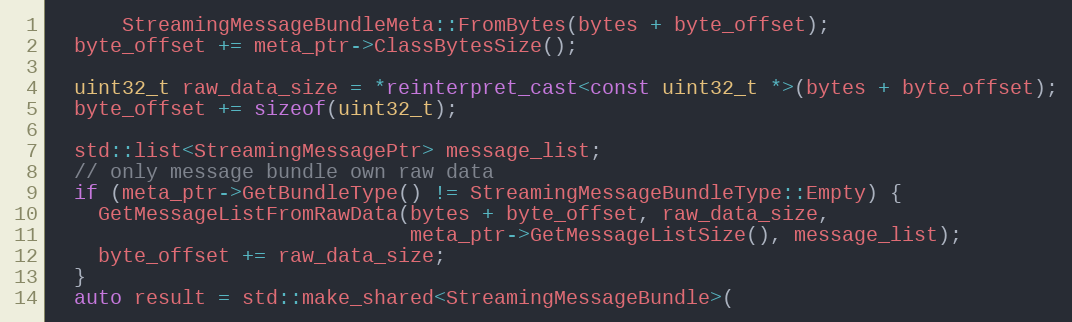
Language: C++
      StreamingMessageBundleMeta::FromBytes(bytes + byte_offset);
  byte_offset += meta_ptr->ClassBytesSize();

  uint32_t raw_data_size = *reinterpret_cast<const uint32_t *>(bytes + byte_offset);
  byte_offset += sizeof(uint32_t);

  std::list<StreamingMessagePtr> message_list;
  // only message bundle own raw data
  if (meta_ptr->GetBundleType() != StreamingMessageBundleType::Empty) {
    GetMessageListFromRawData(bytes + byte_offset, raw_data_size,
                              meta_ptr->GetMessageListSize(), message_list);
    byte_offset += raw_data_size;
  }
  auto result = std::make_shared<StreamingMessageBundle>(